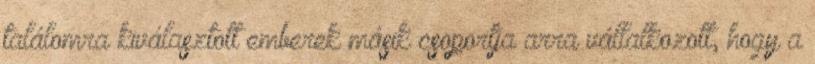
találomra kiválasztott emberek másik csoportja arra vállalkozott, hogy a